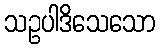
သဥပါဒိသေသော